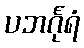
ပဘင်္ဂုရံ